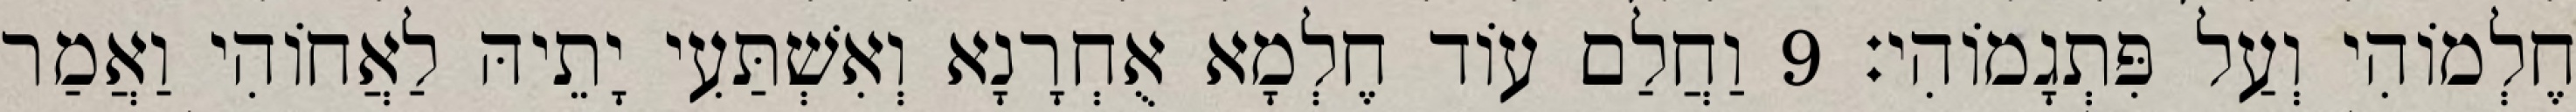
חֶלְמוֹהִי וְעַל פִּתְגָמוֹהִי׃ 9 וַחֲלַם עוֹד חֶלְמָא אֻחְרָנָא וְאִשְׁתַּעִי יָתֵיהּ לַאֲחוֹהִי וַאֲמַר